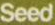
Seed